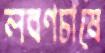
লবণচাষে